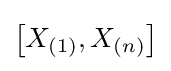
\left[X_{(1)},X_{(n)}\right]